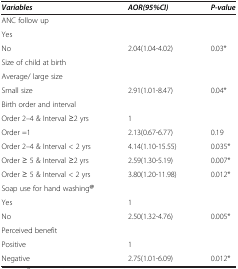
<table><thead><tr><td><b><i>Variables</i></b></td><td><b><i>AOR(95%CI)</i></b></td><td><b><i>P-value</i></b></td></tr></thead><tbody><tr><td>ANC follow up</td><td> </td><td> </td></tr><tr><td>Yes</td><td> </td><td> </td></tr><tr><td>No</td><td>2.04(1.04-4.02)</td><td>0.03*</td></tr><tr><td>Size of child at birth</td><td> </td><td> </td></tr><tr><td>Average/ large size</td><td> </td><td> </td></tr><tr><td>Small size</td><td>2.91(1.01-8.47)</td><td>0.04*</td></tr><tr><td>Birth order and interval</td><td> </td><td> </td></tr><tr><td>Order 2–4 &amp; Interval ≥2 yrs</td><td>1</td><td> </td></tr><tr><td>Order =1</td><td>2.13(0.67-6.77)</td><td>0.19</td></tr><tr><td>Order 2–4 &amp; Interval &lt; 2 yrs</td><td>4.14(1.10-15.55)</td><td>0.035*</td></tr><tr><td>Order ≥ 5 &amp; Interval ≥2 yrs</td><td>2.59(1.30-5.19)</td><td>0.007*</td></tr><tr><td>Order ≥ 5 &amp; Interval &lt; 2 yrs</td><td>3.80(1.20-11.98)</td><td>0.012*</td></tr><tr><td>Soap use for hand washing<sup><b>@</b></sup></td><td> </td><td> </td></tr><tr><td>Yes</td><td>1</td><td> </td></tr><tr><td>No</td><td>2.50(1.32-4.76)</td><td>0.005*</td></tr><tr><td>Perceived benefit</td><td> </td><td> </td></tr><tr><td>Positive</td><td>1</td><td> </td></tr><tr><td>Negative</td><td>2.75(1.01-6.09)</td><td>0.012*</td></tr></tbody></table>